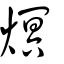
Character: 熐